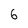
Character: 6